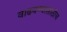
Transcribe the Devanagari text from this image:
वाढवण्यासाठीच